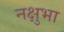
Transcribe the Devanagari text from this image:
नक्षुभा